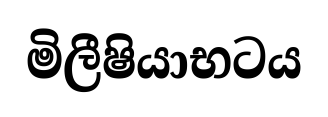
මිලීෂියාභටය